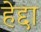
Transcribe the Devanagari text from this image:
हेद्दा